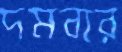
দমবার